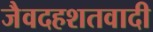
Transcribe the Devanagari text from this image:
जैवदहशतवादी